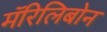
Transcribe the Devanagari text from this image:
मॅरिलिबोन